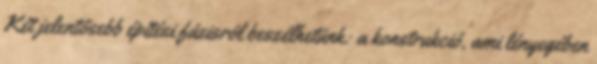
Két jelentősebb építési fázisról beszélhetünk: a konstrukció, ami lényegében